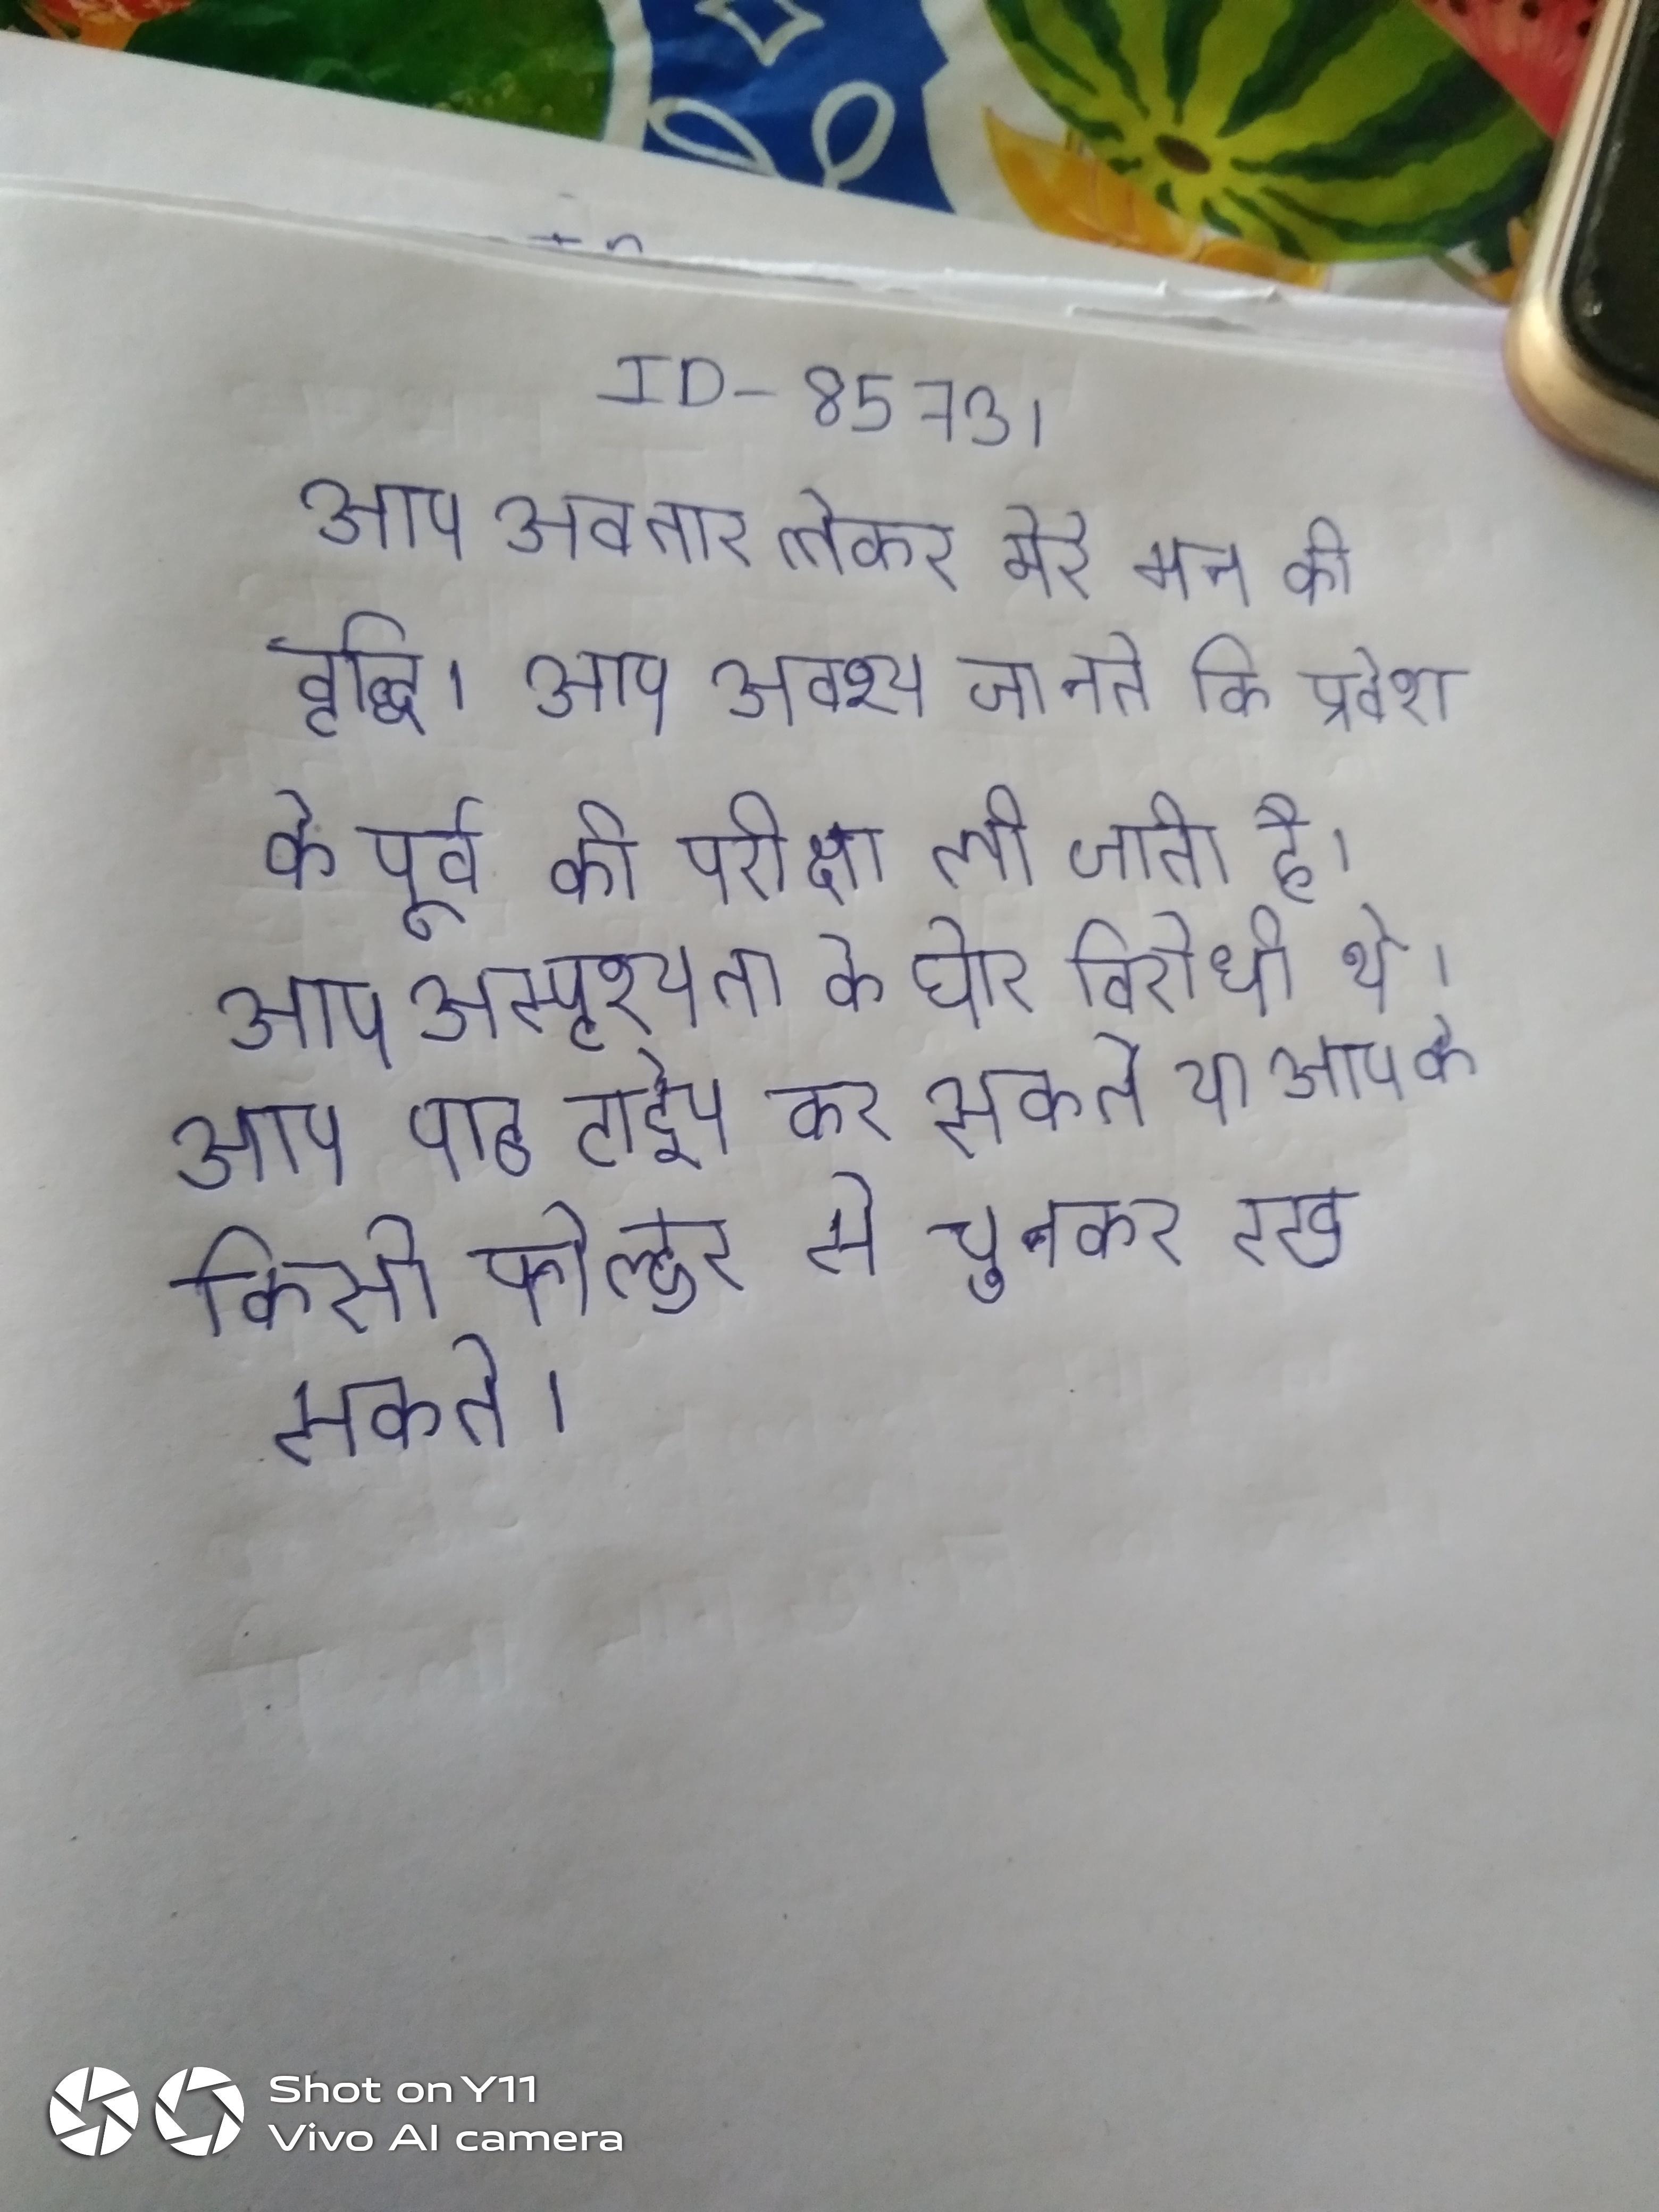
आप अवतार लेकर मेरे मत की वृद्धि । आप अवश्य जानते कि प्रवेश के पूर्व की परीक्षा ली जाती है । आप अस्पृश्यता के घोर विरोधी थे । आप पाठ टाईप कर सकते या आपके किसी फोल्डर से चुनकर रख सकते ।